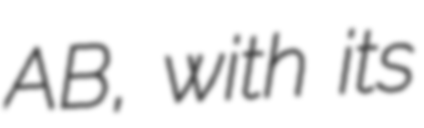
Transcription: AB, with its